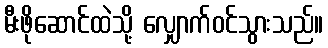
မီးဖိုဆောင်ထဲသို့ လျှောက်ဝင်သွားသည်။